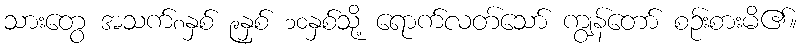
သားတွေ အသက်၈နှစ် ၉နှစ် ၁၀နှစ်သို့ ရောက်လတ်သော် ကျွန်တော် စဉ်းစားမိ၏။